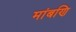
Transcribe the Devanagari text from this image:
मांबणि